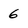
Character: 6